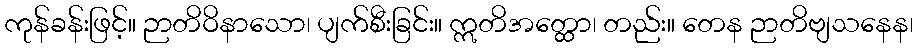
ကုန်ခန်းဖြင့်။ ဉာတိဝိနာသော၊ ပျက်စီးခြင်း။ ဣတိအတ္ထော၊ တည်း။ တေန ဉာတိဗျသနေန၊